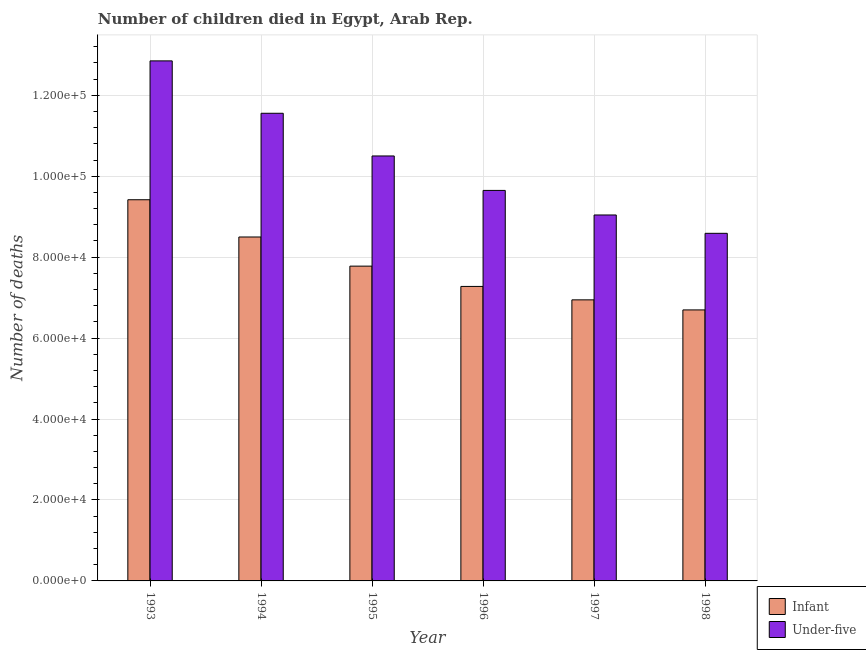
| Year | Infant | Under-five |
 | --- | --- | --- |
 | 1993 | 9.42e+04 | 1.28e+05 |
 | 1994 | 8.5e+04 | 1.16e+05 |
 | 1995 | 7.78e+04 | 1.05e+05 |
 | 1996 | 7.28e+04 | 9.65e+04 |
 | 1997 | 6.94e+04 | 9.04e+04 |
 | 1998 | 6.7e+04 | 8.59e+04 |